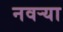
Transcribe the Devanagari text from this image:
नवर्‍या